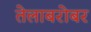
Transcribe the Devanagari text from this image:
तेलाबरोबर